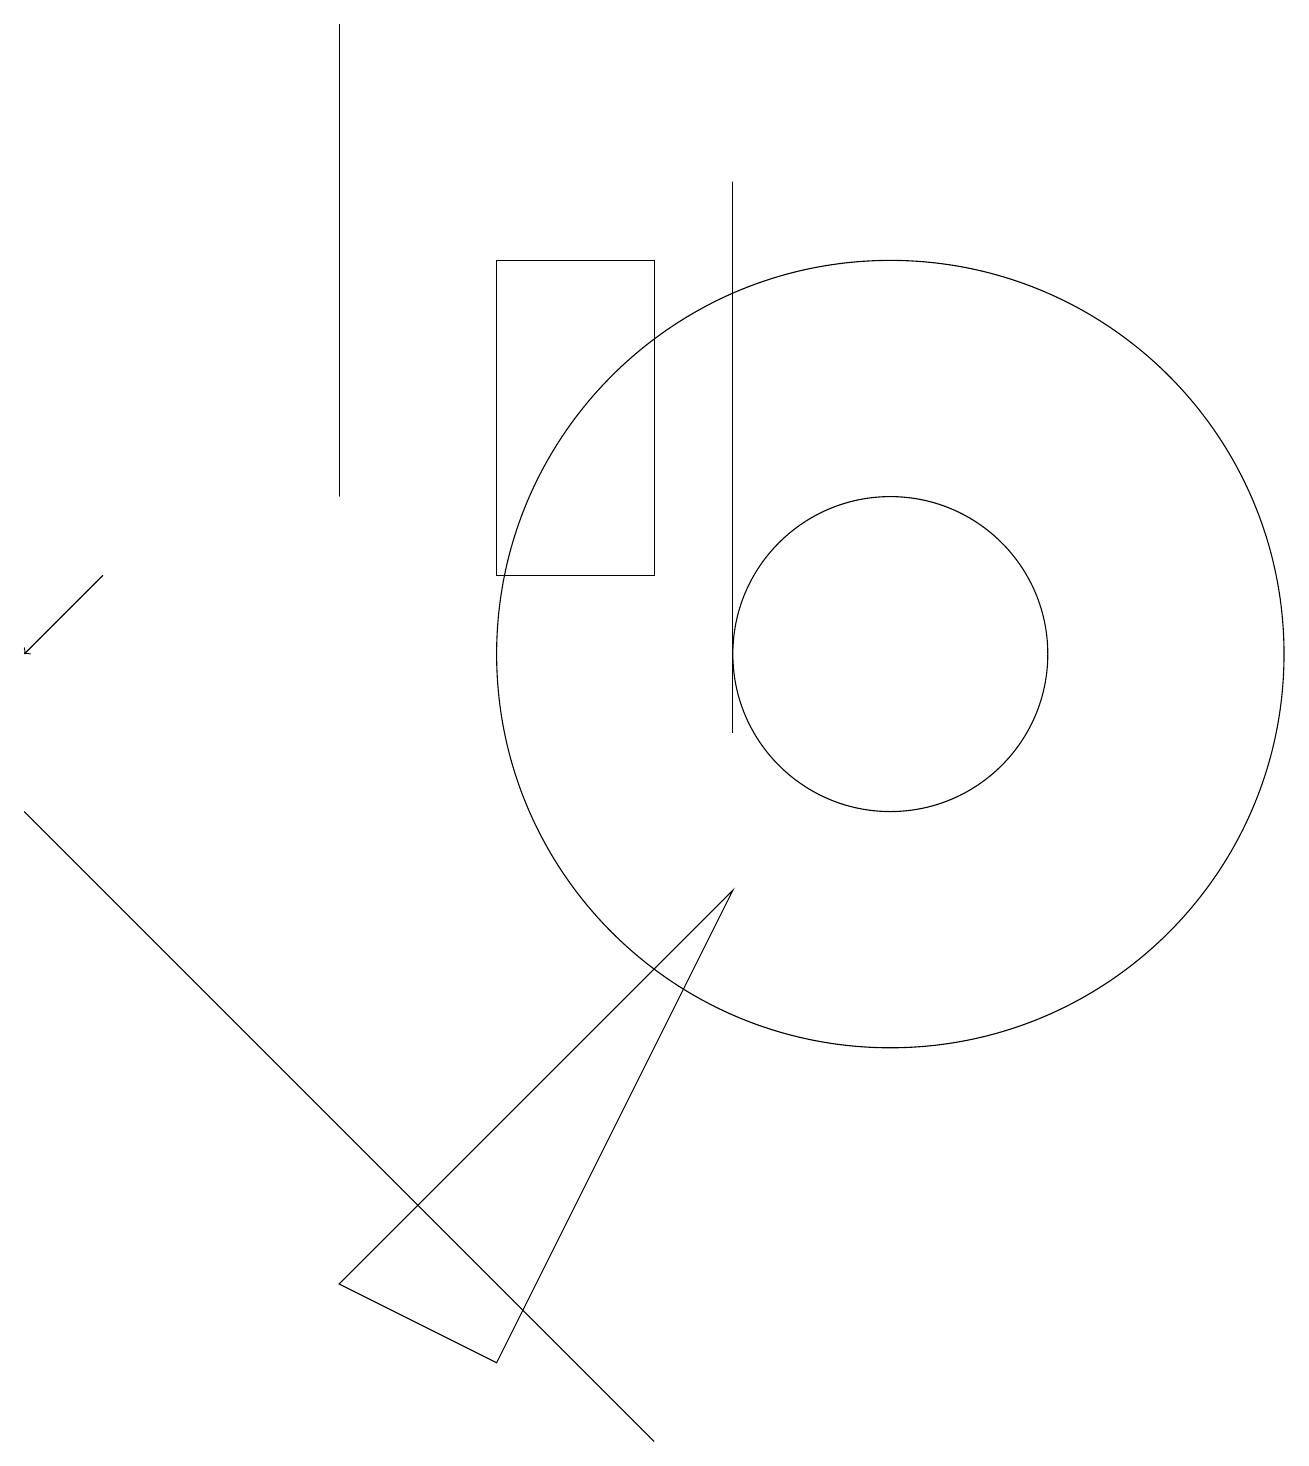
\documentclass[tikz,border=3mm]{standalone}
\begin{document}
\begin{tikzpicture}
\draw (6,12) rectangle (8,16);
\draw (9,8) -- (4,3) -- (6,2) -- cycle;
\draw[->] (1,12) -- (0,11);
\draw (8,1) -- (1,8) -- (0,9) -- cycle;
\draw (11,11) circle (2);
\draw (11,11) circle (5);
\draw (9,17) rectangle (9,10);
\draw (4,19) rectangle (4,13);
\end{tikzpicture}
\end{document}